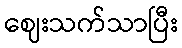
ဈေးသက်သာပြီး